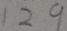
1 2 9